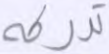
تدركه